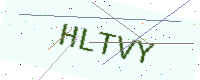
Text: HLTVY